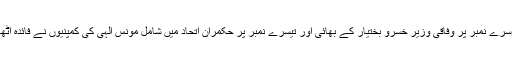
دوسرے نمبر پر وفاقی وزیر خسرو بختیار کے بھائی اور تیسرے نمبر پر حکمران اتحاد میں شامل مونس الٰہی کی کمپنیوں نے فائدہ اٹھایا۔